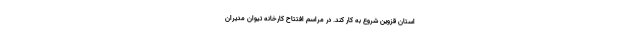
استان قزوین شروع به کار کند. در مراسم افتتاح کارخانه تیوان مدیران